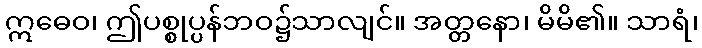
ဣဓေဝ၊ ဤပစ္စုပ္ပန်ဘဝ၌သာလျင်။ အတ္တနော၊ မိမိ၏။ သာရံ၊